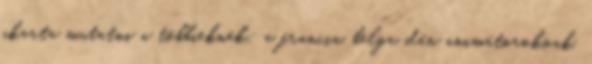
akarta mutatni a többieknek: a francia, belga, dán animátoroknak.